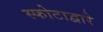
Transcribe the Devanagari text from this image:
स्फोटाद्वारे